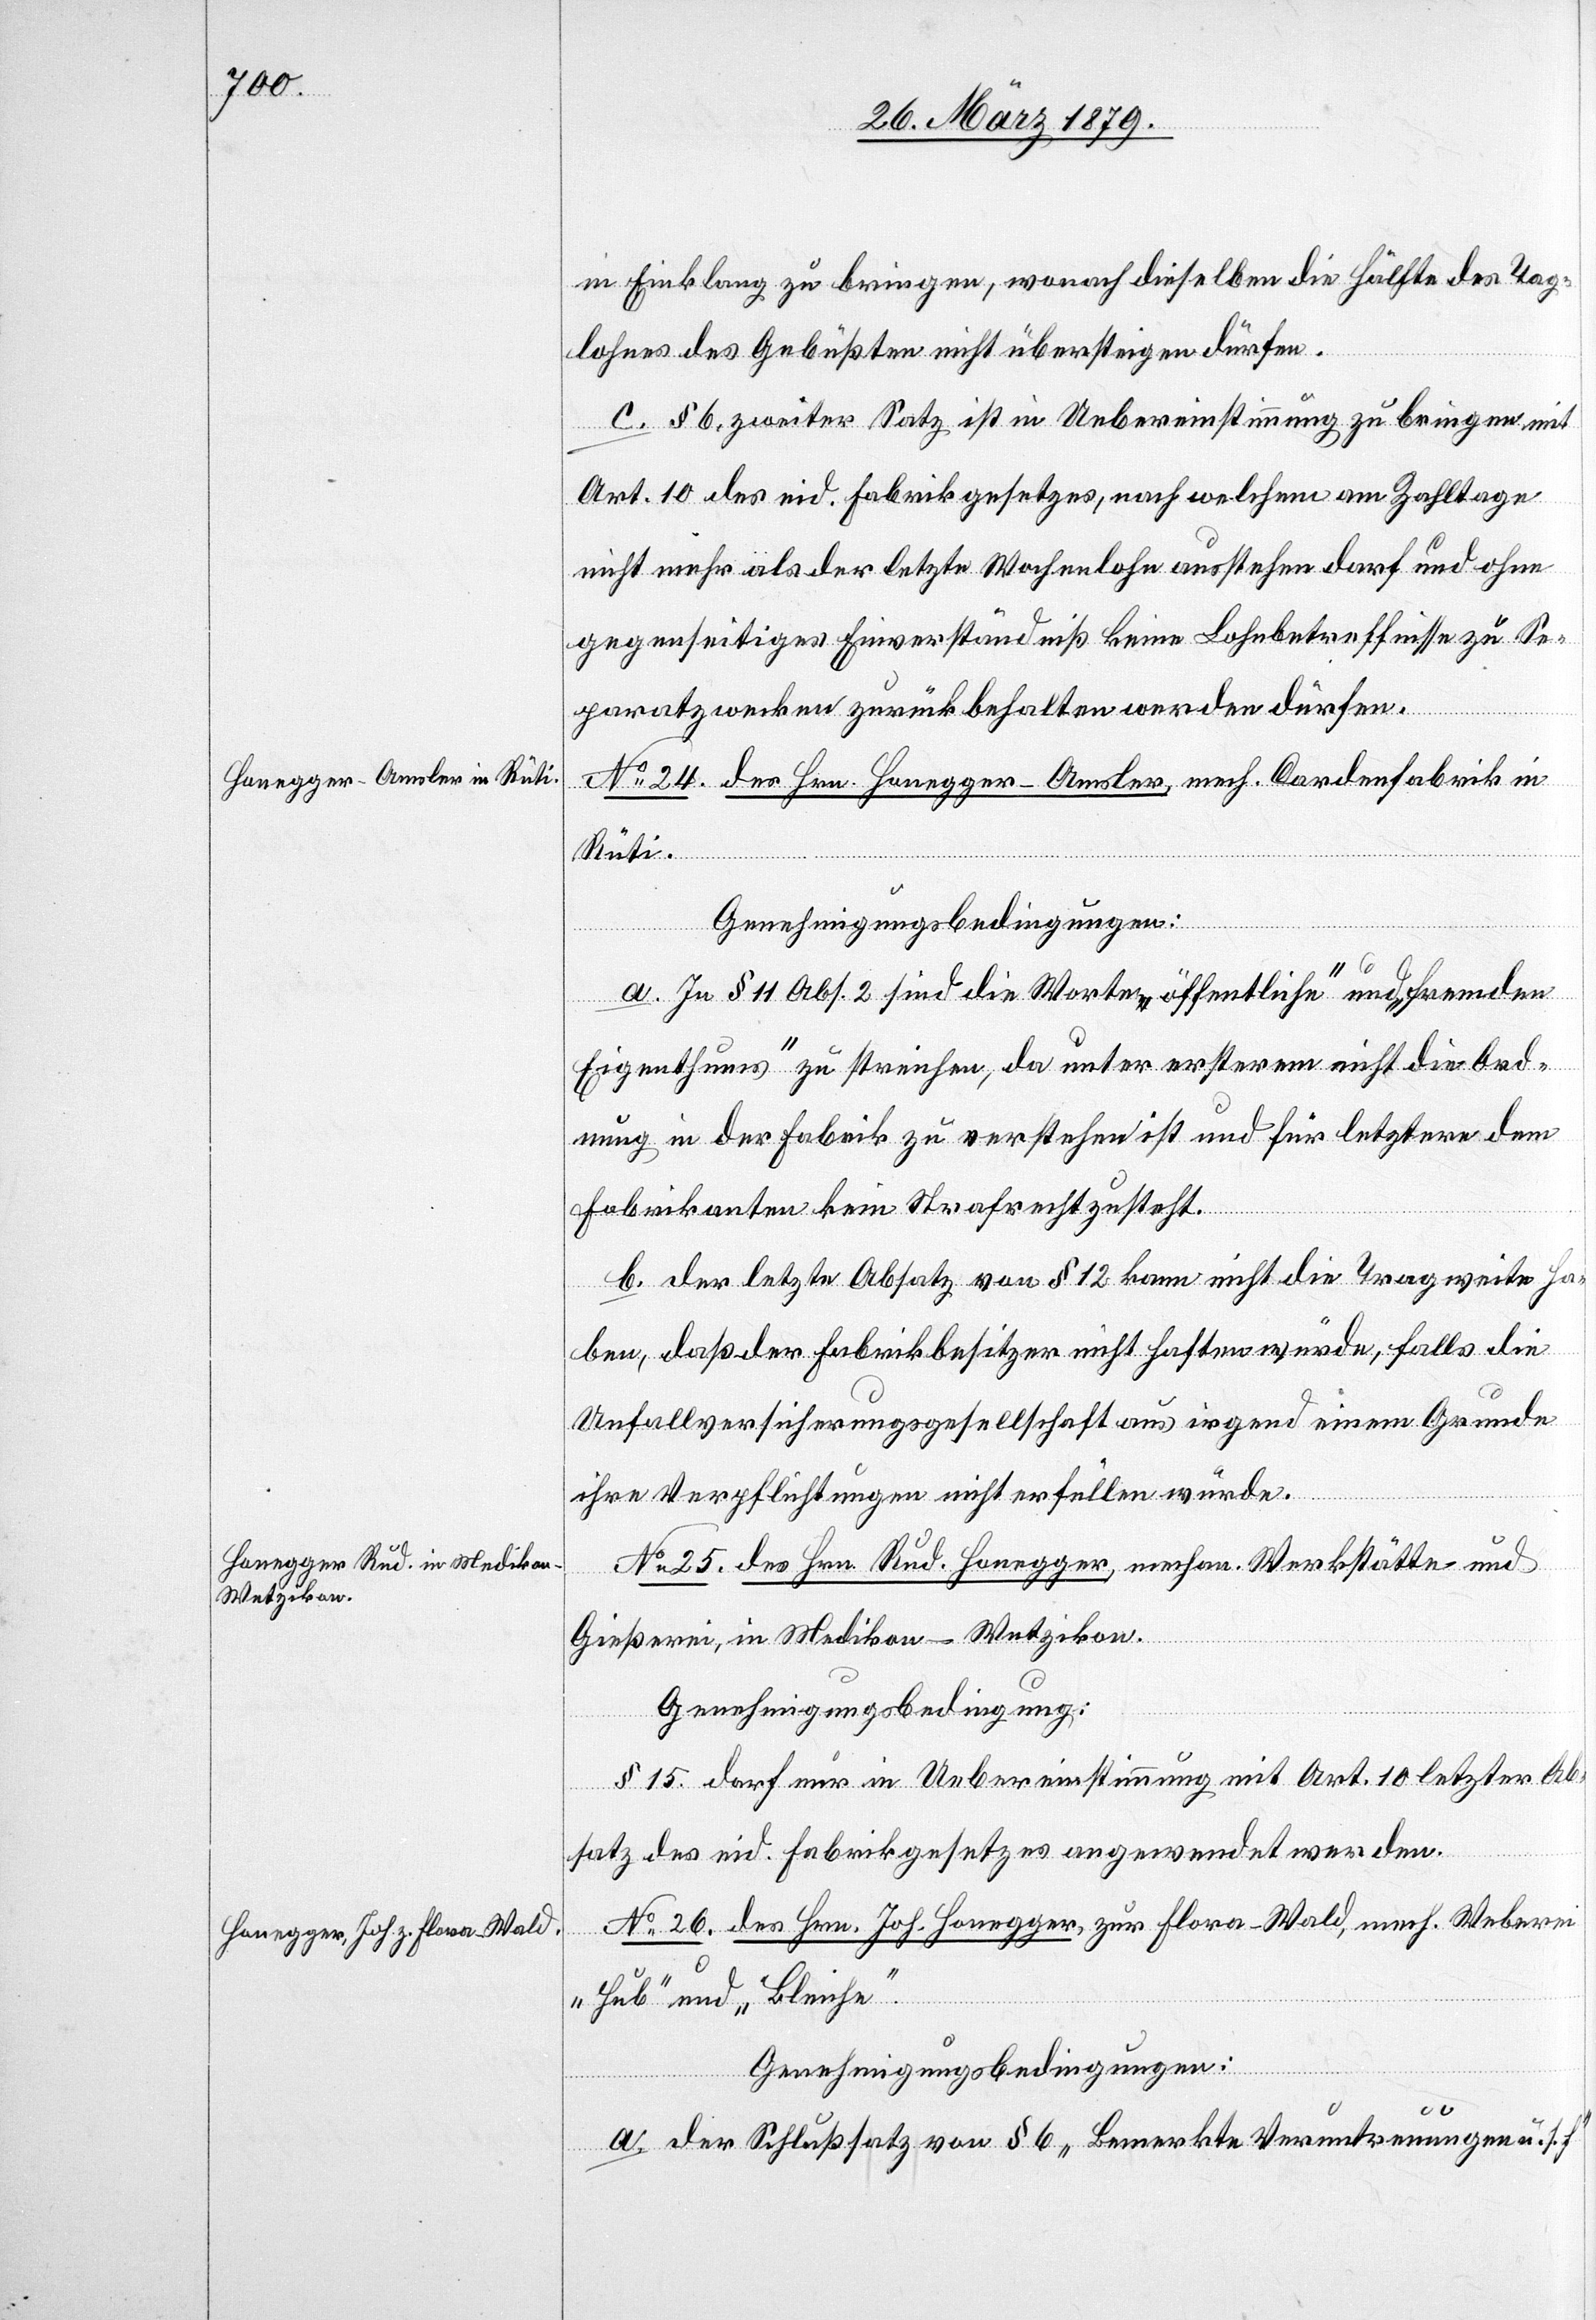
in Einklang zu bringen, wonach dieselben die Hälfte des Tag¬
lohnes des Gebüßten nicht übersteigen dürfen.
c. § 6, zweiter Satz ist in Uebereinstimmung zu bringen mit
Art. 10 des eid. Fabrikgesetzes, nach welchem am Zahltage
nicht mehr als der letzte Wochenlohn ausstehen darf und ohne
gegenseitiges Einverständniß keine Lohnbetreffnisse zu Se¬
paratzwecken zurückbehalten werden dürfen.
No 24. des Herrn Honegger-Amsler, mech. Cardenfabrik in
Rüti.
Genehmigungsbedingungen:
a. In § 11 Abs. 4 sind die Worte „öffentliche“ und „fremden
Eigenthums“ zu streichen, da unter ersterem nicht die Ord¬
nung in der Fabrik zu verstehen ist und für letztere dem
Fabrikanten kein Strafrecht zusteht.
b. Der letzte Absatz von § 12 kann nicht die Tragweite ha¬
ben, daß der Fabrikbesitzer nicht haften würde, falls die
Unfallversicherungsgesellschaft aus irgend einem Grunde
ihre Verpflichtungen nicht erfüllen würde.
No 25. des Hrn. Rud. Honegger, mechan. Werkstätte und
Gießerei, in Medikon - Wetzikon.
Genehmigungsbedingung:
§ 15 darf nur in Uebereinstimmung mit Art. 10 letzter Ab¬
satz des eid. Fabrikgesetzes angewendet werden.
No 26. des Hrn. Joh. Honegger, zur Flora - Wald, mech. Weberei
„Hub“ und „Bleiche“.
Genehmigungsbedingungen:
a. Der Schlußsatz von § 6 „Bemerkte Veruntreuungen u. s. f.“